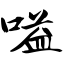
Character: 嗌